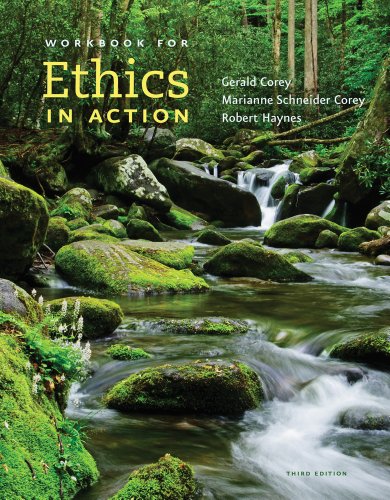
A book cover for Ethics in Action (with Workbook, DVD and CourseMate, 1 term (6 months) Printed Access Card); Gerald Corey; Medical Books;